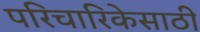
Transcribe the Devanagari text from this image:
परिचारिकेसाठी